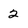
Character: 2